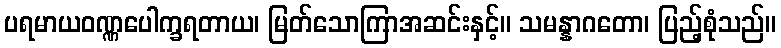
ပရမာယဝဏ္ဏပေါက္ခရတာယ၊ မြတ်သောကြာအဆင်းနှင့်။ သမန္နာဂတော၊ ပြည့်စုံသည်။